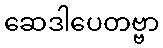
ဆေဒါပေတဗ္ဗာ